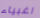
اغبياء